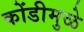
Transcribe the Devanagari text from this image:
कोंडीमुळे